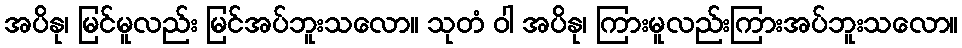
အပိနု၊ မြင်မူလည်း မြင်အပ်ဘူးသလော။ သုတံ ဝါ အပိနု၊ ကြားမူလည်းကြားအပ်ဘူးသလော။